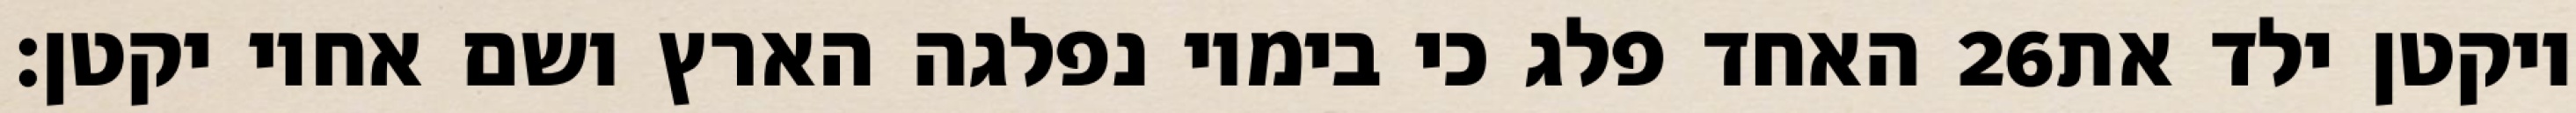
האחד פלג כי בימיו נפלגה הארץ ושם אחיו יקטן׃ ‎26‏ ויקטן ילד את